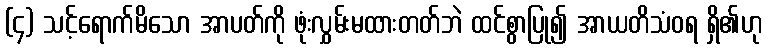
(၄) သင့်ရောက်မိသော အာပတ်ကို ဖုံးလွှမ်းမထားတတ်ဘဲ ထင်စွာပြု၍ အာယတိသံဝရ ရှိ၏ဟု